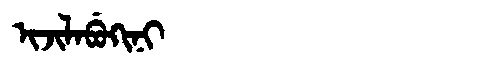
Manchu: ᡳᠵᡳᠯᠠᠪᡠᡴᡳᠨᡳ
Romanization: IJILABUKINI